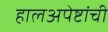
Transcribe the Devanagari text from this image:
हालअपेष्टांची